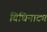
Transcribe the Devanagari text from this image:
विधिनाट्य